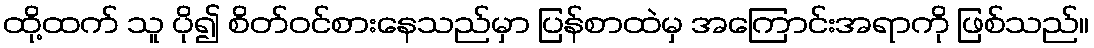
ထို့ထက် သူ ပို၍ စိတ်ဝင်စားနေသည်မှာ ပြန်စာထဲမှ အကြောင်းအရာကို ဖြစ်သည်။